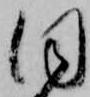
同